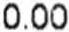
0.00